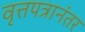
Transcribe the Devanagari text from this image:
वृत्तपत्रानंतर